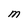
Character: M